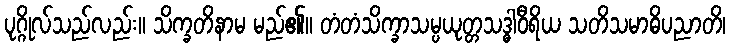
ပုဂ္ဂိုလ်သည်လည်း။ သိက္ခတိနာမ မည်၏။ တံတံသိက္ခာသမ္ပယုတ္တသဒ္ဓါဝီရိယ သတိသမာဓိပညာတိ၊